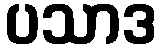
ပသာဒ